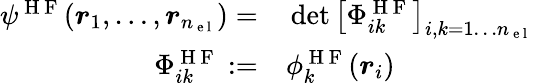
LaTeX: \begin{array}{rl}{\psi^{\mathrm{~H~F~}}({\boldsymbol{r}}_{1},\dots,{\boldsymbol{r}}_{n_{\mathrm{~e~l~}}})=}&{{}\operatorname*{det}\left[\Phi_{ik}^{\mathrm{~H~F~}}\right]_{i,k=1\dots{n_{\mathrm{~e~l~}}}}}\\ {\Phi_{ik}^{\mathrm{~H~F~}}:=}&{{}\phi_{k}^{\mathrm{~H~F~}}({\boldsymbol{r}}_{i})}\end{array}